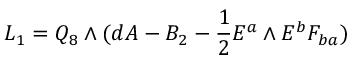
{ \cal { L } } _ { 1 } = Q _ { 8 } \wedge ( d A - B _ { 2 } - { \frac { 1 } { 2 } } E ^ { a } \wedge E ^ { b } F _ { b a } )